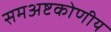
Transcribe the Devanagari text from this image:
समअष्टकोणीय